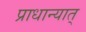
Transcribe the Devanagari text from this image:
प्राधान्यात्